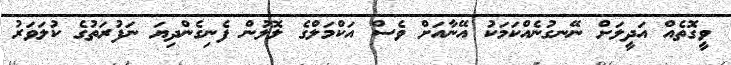
ވީގޮތެއް އަދީލަށް ނޭނގުނެއްކަމަކު އޭނާއަށް ވެސް އަކްމަލްގެ ލޮލުން ފެނިގެންދިޔަ ނަފުރަތުގެ ކުލަވަރު